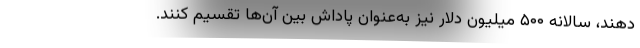
دهند،‌ سالانه ۵۰۰ میلیون دلار نیز به‌عنوان پاداش بین آن‌ها تقسیم کنند.